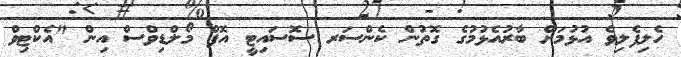
ހެލިފެލިވެ އުޅުމަށް ބާރުއެޅުމުގެ ގޮތުން ކެންސަރ ސޮސައިޓީ އޮފް މޯލްޑިވްސް އިން "އެކްޓިވް